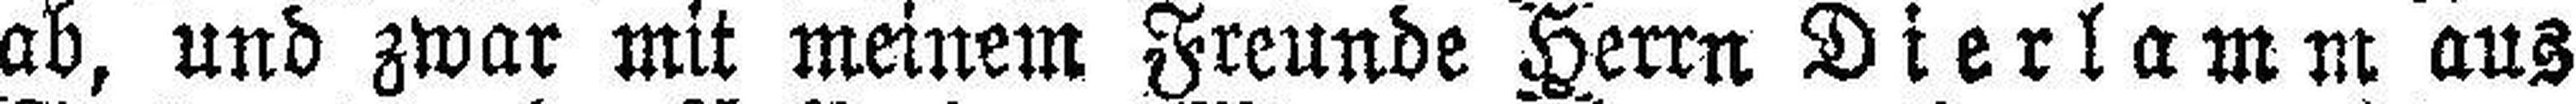
ab, und zwar mit meinem Freunde Herrn Dierlamm aus